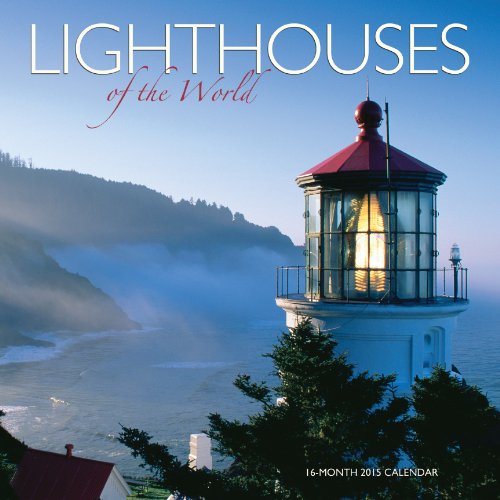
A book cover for Lighthouses of the World Wall Calendar 2015; MegaCalendars; Calendars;